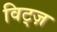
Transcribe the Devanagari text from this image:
विट्ज़